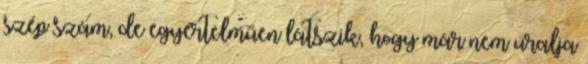
szép szám, de egyértelműen látszik, hogy már nem uralja